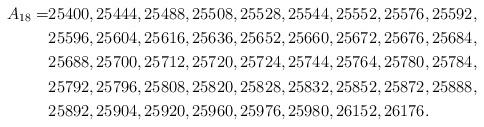
LaTeX: \begin{align*}A_{18} =&25400, 25444, 25488, 25508, 25528, 25544, 25552, 25576, 25592,\\&25596, 25604, 25616, 25636, 25652, 25660, 25672, 25676, 25684,\\&25688, 25700, 25712, 25720, 25724, 25744, 25764, 25780, 25784,\\&25792, 25796, 25808, 25820, 25828, 25832, 25852, 25872, 25888,\\&25892, 25904, 25920, 25960, 25976, 25980, 26152, 26176.\end{align*}